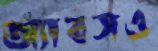
অ্যাবসও